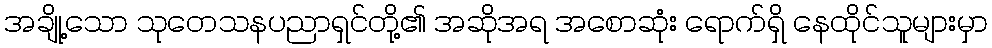
အချို့သော သုတေသနပညာရှင်တို့၏ အဆိုအရ အစောဆုံး ရောက်ရှိ နေထိုင်သူများမှာ